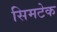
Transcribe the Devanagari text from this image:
सिमटेक